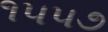
૧૫૫૭